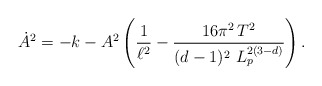
\begin{align*}\dot{A}^2 = -k - A^2 \left( \frac{1}{\ell^2} - \frac{16 \pi^2 \,T^2}{(d-1)^2\,\,L_p^{2(3-d)}} \right).\end{align*}